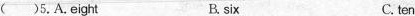
( )5. A.Eight B. six C. ten